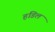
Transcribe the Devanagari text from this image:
हंडिल